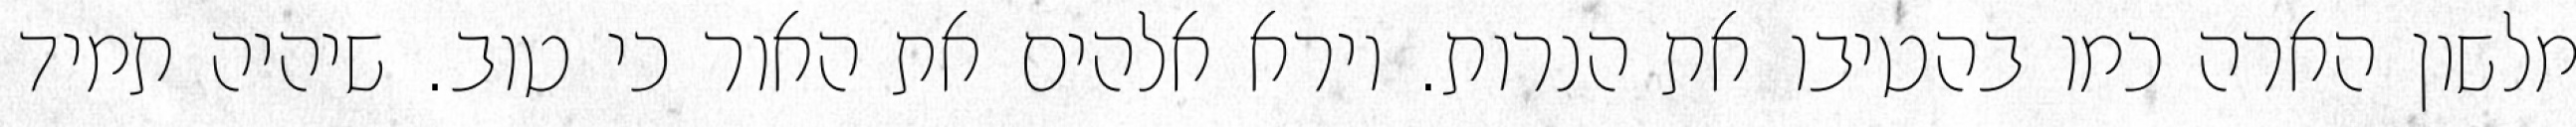
מלשון הארה כמו בהטיבו את הנרות. וירא אלהים את האור כי טוב. שיהיה תמיד